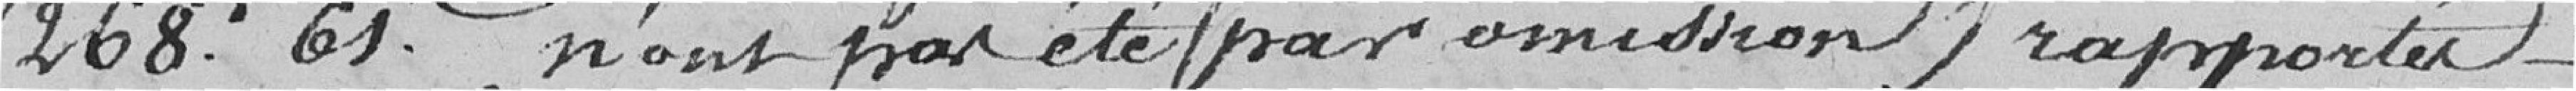
268 francs 61 centimes n'ont pas été (par omission) rapportées